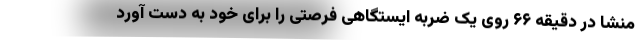
منشا در دقیقه ۶۶ روی یک ضربه ایستگاهی فرصتی را برای خود به دست آورد